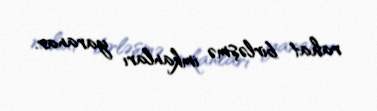
rahat birləşmə imkanları yaranar.